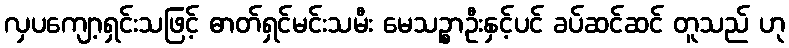
လှပကျော့ရှင်းသဖြင့် ဓာတ်ရှင်မင်းသမီး မေသဉ္စာဦးနှင့်ပင် ခပ်ဆင်ဆင် တူသည် ဟု